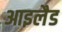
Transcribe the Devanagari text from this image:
आइलैड